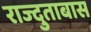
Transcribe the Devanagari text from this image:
राज्दुताबास